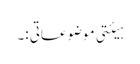
ہیئتی موضوعاتی :۔